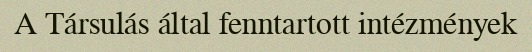
A Társulás által fenntartott intézmények